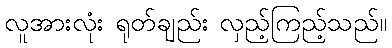
လူအားလုံး ရုတ်ချည်း လှည့်ကြည့်သည်။